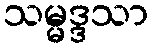
သမ္မဒ္ဒသာ